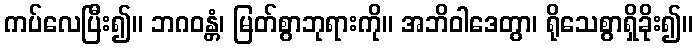
ကပ်လေပြီး၍။ ဘဂဝန္တံ၊ မြတ်စွာဘုရားကို။ အဘိဝါဒေတွာ၊ ရိုသေစွာရှိခိုး၍။